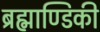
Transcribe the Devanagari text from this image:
ब्रह्माण्डिकी